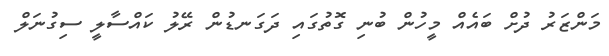
މަންޒަރު ދުށް ބައެއް މީހުން ބުނި ގޮތުގައި ދަގަނޑުން ރޭލު ކައްސާލީ ސިގުނަލް